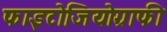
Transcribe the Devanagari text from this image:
फाइटोजियोग्राफी